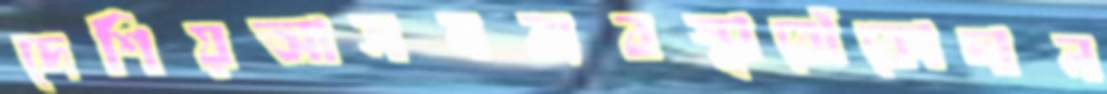
দেশিয়আসনব্যবস্থাঝেঁকোদান